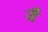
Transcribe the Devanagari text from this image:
जैं